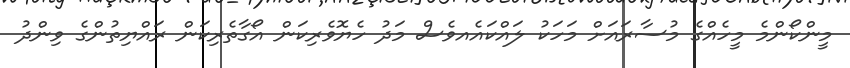
މީންކޯންމެ މީހެއްގެ މުސާރައަށް މަހަކު ލައްކައެއވެސް މަދު ހެޔޮވެރިކަން އޯގާތެރިކަން ރައްޔިތުންގެ ވިންދު